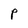
Character: P